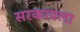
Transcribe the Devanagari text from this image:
सरकायला